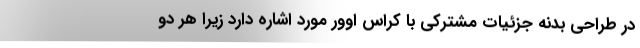
در طراحی بدنه جزئیات مشترکی با کراس اوور مورد اشاره دارد زیرا هر دو